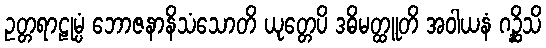
ဥတ္တရာဠုမ္ပံ ဘောဇနာနိသံသောတိ ယုတ္တေပိ ဒဓိမတ္ထူတိ အဝါယနံ ဂဉ္ဆိသိ